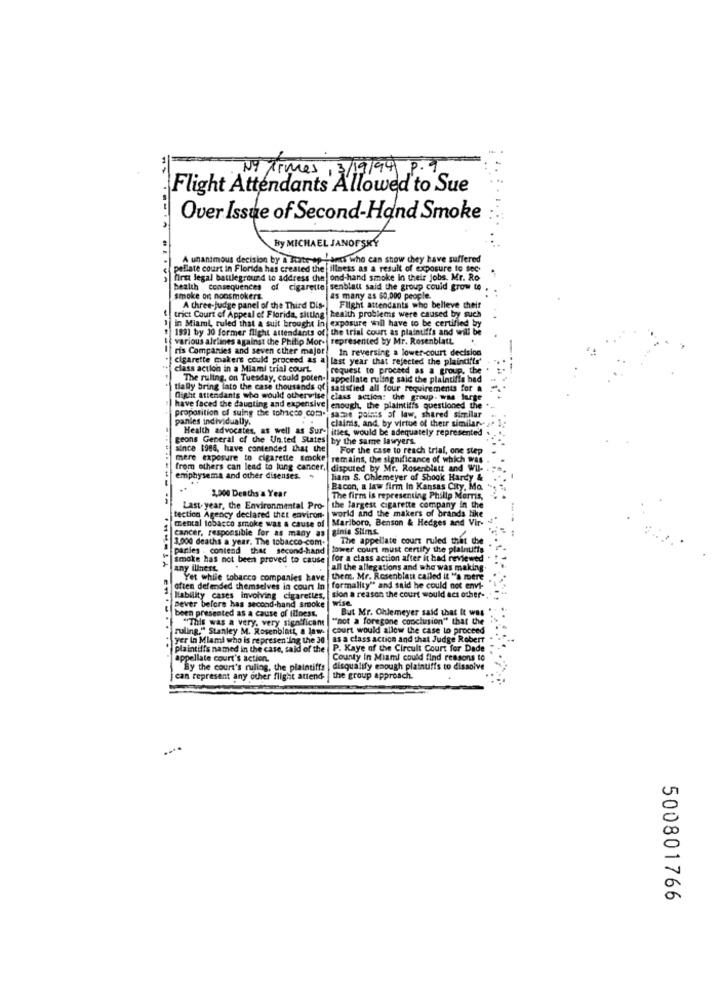
NY Times , 3/19/94 P. .
Flight Attendants Allowed to Sue
Over Issue of Second-Hand Smoke
By MICHAEL JANOFSKY
A unanimous decision by a frate op Parcs who can show chey have suffered
pellate court in Florida has created the illness as a result
ult of exposure to sec-
first legal battleground to address che ond-hand smoke in their jobs. Mr. Ro
health consequences of cigarette senblaut said the group could grow to
smoke ort nonsmokers.
as many as 60,000 people.
trict Court of Appeal of Florida, sitting
A three-judge panel of the Third Dis-
health problems were caused by such
Flight attendants who believe their
199) by 30 former flight attendants of the trial court as plaintiffs and will be
in Miami ruled that a suit brought in exposure will have to be certified by
various airlines against the Philip Mor- represented by Mr. Rosenblatt.
ris Companies and seven other major
In reversing a lower-court decision
cigarette makers could proceed as a last year that rejected the plaintiffs'
class action in a Miami trial court
uest to proceed as a grou
the
The ruling, on Tuesday, could poten- appellate ruling said the plaintiffs had
tially bring lato the case thousands of satisfied all four requirements for a
flight attendants who would otherwise class action: the group. was large
have faced the daunting and expensive enough, the plaintiffs questioned the .
proposition of suing the tobacco com. samme points of law, shared similar
panles individually.
clainis, and, by virtue of their similares a"
h advocates, as well as Sur- ittes, would be adequately represented
geons General of the Un.ted States by the same lawyers.
since 1986, have contended that the
For the case to reach trial, one step
mere exposure to cigarette smoke remains, the significance of which was
from others can lead to lung cancer, disputed by Mr. Rosenblatt and Wul ..
emphysema and other disenses.
liam S. Chlemeyer of Shook Hardy &
2,000 Deaths a Year
Bacon, a law firm In Kansas City, Ma. ..
The firm is representing Philip Morris,
Last. year, the Environmental Pro-
the largest cigarette company in the
world and the makers of brands like
tection Agency declared that environ-
mental tobacco smoke was a cause of Marlboro, Benson & Hedges and Vir-
cancer, responsible for as many as ginia Shims.
3.000 deaths a year. The tobacco com.
The appellate court ruled that che
parties . contend that second-hand tower court must certify the plaintiffs
| smoke has not been proved to cause for a class action after it had reviewed
any illness,
all the allegations and whe was making
Yet while tobacco companies have
them. Mr. Rosenblat called it "s mere
often defended themselves in court In formality" and said he could not envi-
Pever before has second-hand smoke
Hability cases involving cigarettes, | sion a reason the court would acs other-
wise
been presented as a cause of Illness.
But Mr. Chlemeyer said that It was
"This was a very, very significant
"not a foregone conclusion" that the
ruling." Stanley M. Rosenblatt, a law. court would allow the case to proceed
yer in Miami who is representing the 30
as a class action and that Judge Robert
plaintiffs named in the case, said of the
P. Kaye of the Circuit Court for Dade
appellate court's action.
County In Miami could find reasons to
"By the court's ruling, the plaintiffs | disqualify enough platnuffs to dissolve
can represent any other flight attend-
the group approach.
500801766